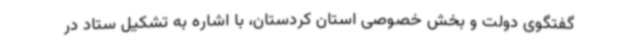
گفتگوی دولت و بخش خصوصی استان کردستان، با اشاره به تشکیل ستاد در